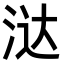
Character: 㳠